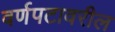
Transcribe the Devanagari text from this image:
वर्णपटावरील